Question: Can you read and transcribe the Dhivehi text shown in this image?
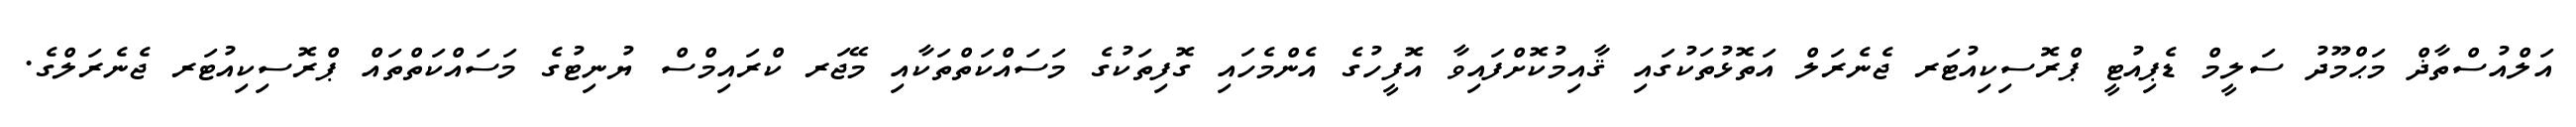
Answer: އަލްއުސްތާޛް މަޙްމޫދު ސަލީމް ޑެޕިއުޓީ ޕްރޮސިކިއުޓަރ ޖެނެރަލް އަތޮޅުތަކުގައި ޤާއިމުކޮށްފައިވާ އޮފީހުގެ އެންމެހައި ގޮފިތަކުގެ މަސައްކަތްތަކާއި މޭޖަރ ކްރައިމްސް ޔުނިޓުގެ މަސައްކަތްތައް ޕްރޮސިކިއުޓަރ ޖެނެރަލްގެ.